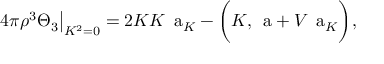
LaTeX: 4 \pi \rho ^ { 3 } \Theta _ { 3 } { \big | } _ { K ^ { 2 } = 0 } = 2 K K \mathrm { \Large ~ a } _ { K } - { \biggl ( } K , \mathrm { \Large ~ a } + V \mathrm { \Large ~ a } _ { K } { \biggr ) } ,